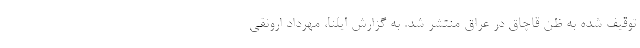
توقیف شده به ظن قاچاق در عراق منتشر شد. به گزارش ایلنا،‌ مهرداد ارونقی